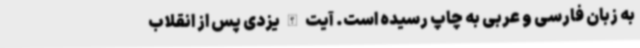
به زبان فارسی و عربی به چاپ رسیده است. آیت الله یزدی پس از انقلاب